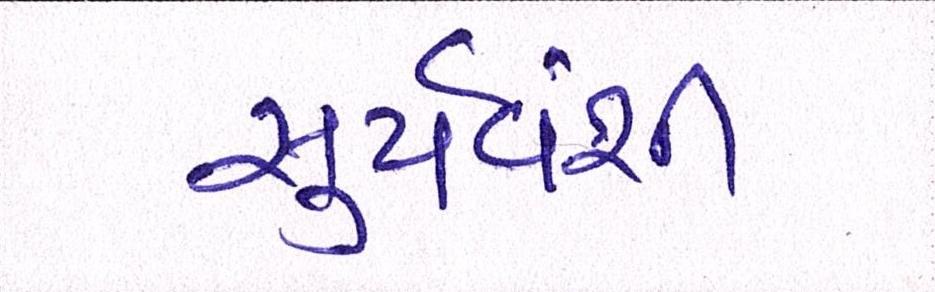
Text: સુર્યવંશી